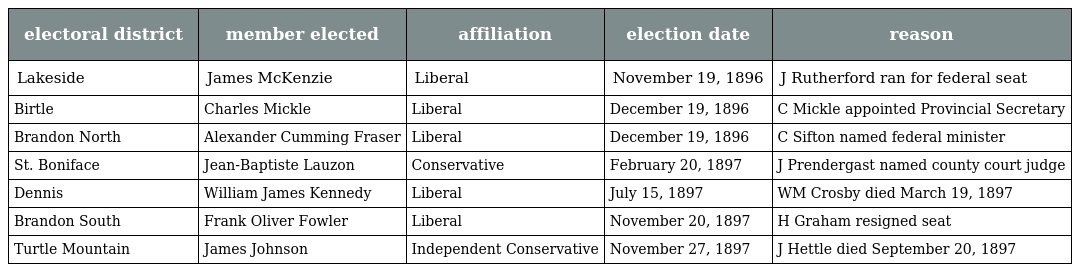
| electoral district | member elected | affiliation | election date | reason |
 | --- | --- | --- | --- | --- |
 | Lakeside | James McKenzie | Liberal | November 19, 1896 | J Rutherford ran for federal seat |
 | Birtle | Charles Mickle | Liberal | December 19, 1896 | C Mickle appointed Provincial Secretary |
 | Brandon North | Alexander Cumming Fraser | Liberal | December 19, 1896 | C Sifton named federal minister |
 | St. Boniface | Jean-Baptiste Lauzon | Conservative | February 20, 1897 | J Prendergast named county court judge |
 | Dennis | William James Kennedy | Liberal | July 15, 1897 | WM Crosby died March 19, 1897 |
 | Brandon South | Frank Oliver Fowler | Liberal | November 20, 1897 | H Graham resigned seat |
 | Turtle Mountain | James Johnson | Independent Conservative | November 27, 1897 | J Hettle died September 20, 1897 |